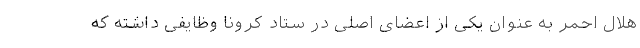
هلال احمر به عنوان یکی از اعضای اصلی در ستاد کرونا وظایفی داشته که